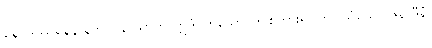
နေဝဒဿနေန နဘာဝနာယာတိ ဣဒံ၊ ဟူသော ဤစကားရပ်ကို။ သံယော ဇနာဒီနံ၊